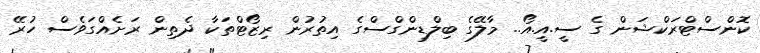
ކޮންސްޓްރަކްޝަން ގެ ސީ.އީ.އޯ.. މާލޭގެ ބިލްޑިންގްސްގެ އިތުރުން ރިޒޯޓްތަކާ ދެތިން ރަށެއްގަވެސް ހުރޭ